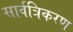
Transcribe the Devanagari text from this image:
सार्वत्रिकरण